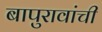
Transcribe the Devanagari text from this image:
बापुरावांची